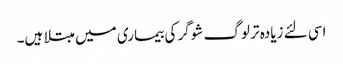
اسی لئے زیادہ تر لوگ شوگر کی بیماری میں مبتلا ہیں۔